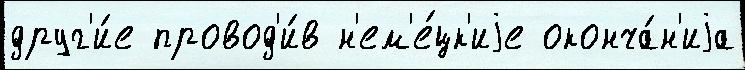
друг'и́е провод'и́в н'ем'е́цк'иjе оконча́н'иjа